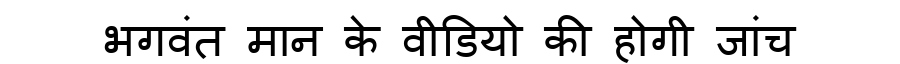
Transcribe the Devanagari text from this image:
भगवंत मान के वीडियो की होगी जांच